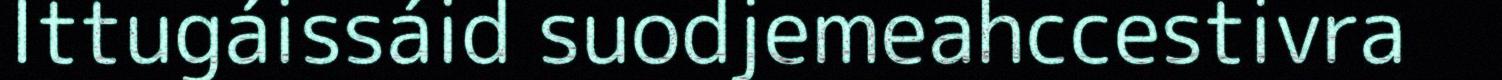
Ittugáissáid suodjemeahccestivra